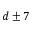
d \pm { } 7